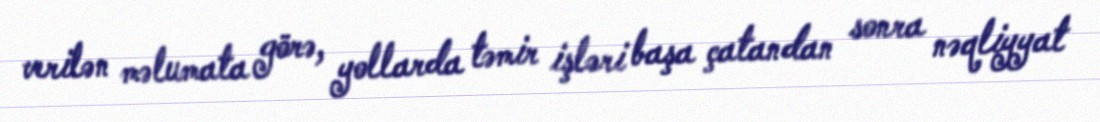
verilən məlumata görə, yollarda təmir işləri başa çatandan sonra nəqliyyat